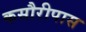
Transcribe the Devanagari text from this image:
कसौरीपास